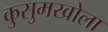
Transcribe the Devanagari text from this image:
कुसुमखोला